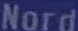
Nord